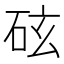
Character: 𪿖